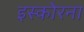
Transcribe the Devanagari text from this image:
इस्कोरना